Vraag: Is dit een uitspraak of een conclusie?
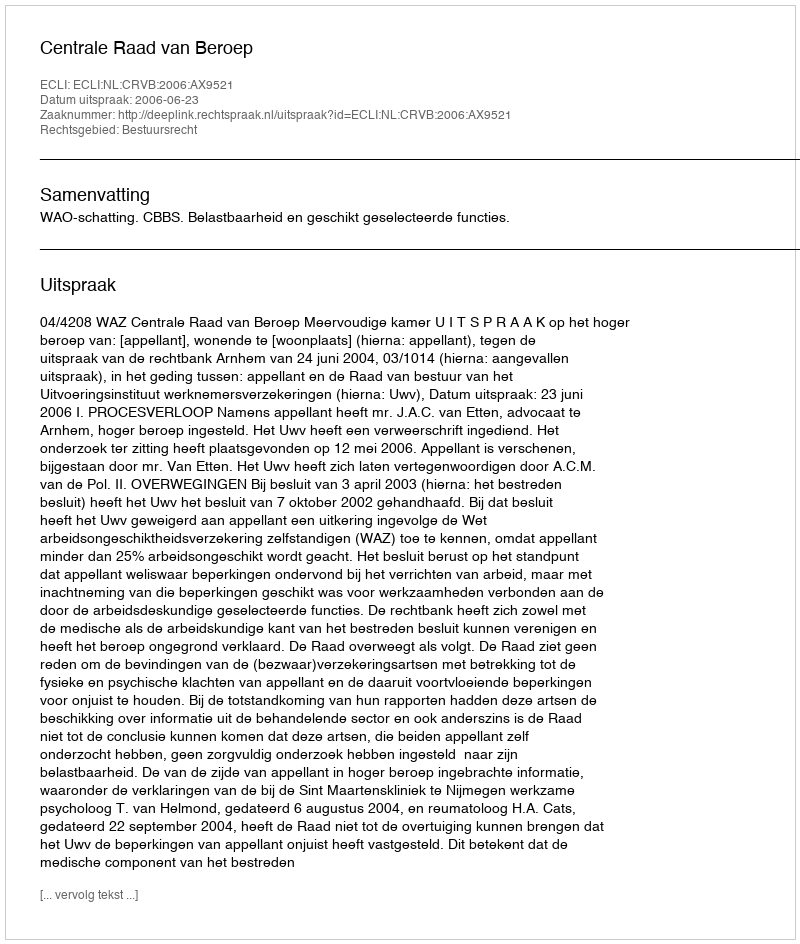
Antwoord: Uitspraak